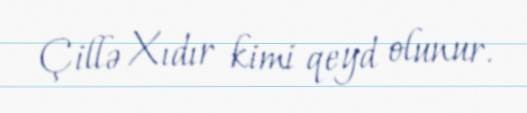
Çillə Xıdır kimi qeyd olunur.